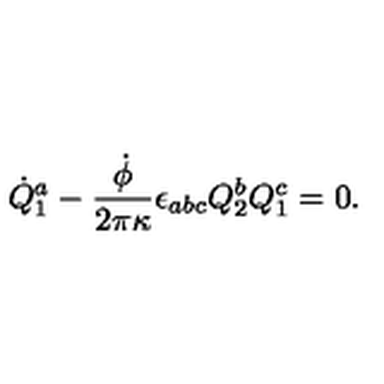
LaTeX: \dot { Q } _ { 1 } ^ { a } - { \frac { \dot { \phi } } { 2 \pi \kappa } } \epsilon _ { a b c } Q _ { 2 } ^ { b } Q _ { 1 } ^ { c } = 0 .